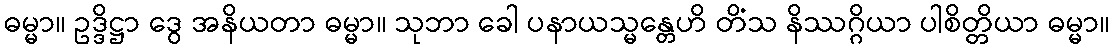
ဓမ္မာ။ ဥဒ္ဒိဋ္ဌာ ဒွေ အနိယတာ ဓမ္မာ။ သုဘာ ခေါ ပနာယသ္မန္တေဟိ တိံသ နိဿဂ္ဂိယာ ပါစိတ္တိယာ ဓမ္မာ။